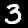
Label: 3